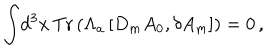
\int \! d ^ { 3 } x \, \mathrm { T r } \left( \Lambda _ { a } \left[ D _ { m } A _ { 0 } , \delta A _ { m } \right] \right) = 0 \, ,